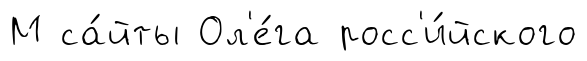
М са́йты Ол'е́га росс'и́йского